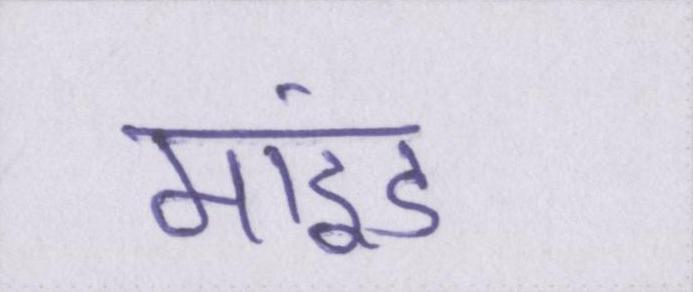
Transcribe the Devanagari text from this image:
माइंड